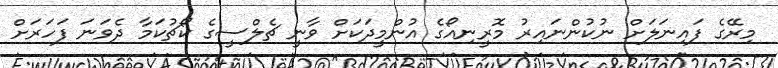
މިރޭގެ ފައިނަލަަށް ނުކުންނައިރު މޮރީނިއޯގެ އުންމީދަކަށް ވާނީ ޗެލްސީގެ ކޯޗުކަމާ ދެވަަނަ ފަހަރަށް